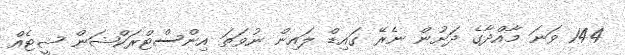
144 ވަނަ މާއްދާގެ ދަށުން ނެރޭ ގައިޑް ލައިން ނުވަތަ އިންސްޓްރަކްޝަން ޝީޓެއް